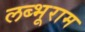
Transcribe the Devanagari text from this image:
लब्भूराम